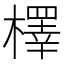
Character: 檡